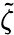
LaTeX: \tilde{\zeta}